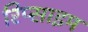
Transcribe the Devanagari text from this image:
रिप्साइम